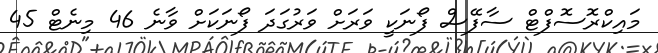
މައިކްރޮސޮފްޓް ސާފޭސް ފޯނަކީ ވަރަށް ވަރުގަދަ ފޯނަކަށް ވާނެ 46 މިނެޓް 45